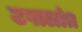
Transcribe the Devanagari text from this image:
टपालांत